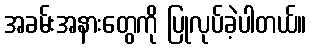
အခမ်းအနားတွေကို ပြုလုပ်ခဲ့ပါတယ်။